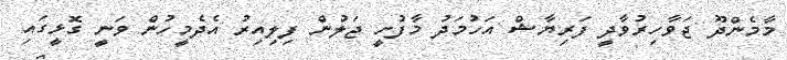
މާމެންދޫ ޖަވާހިރުވާދީ ފަރިޔާޝް އަހުމަދު މާފުށީ ޖަލުން ފިލިއިރު އެދެމީހުން ވަނީ ގޮޅީގައި